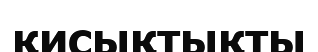
қисықтықты